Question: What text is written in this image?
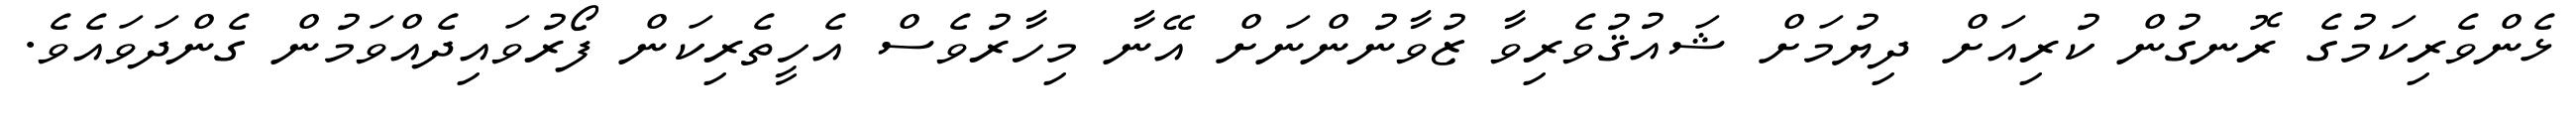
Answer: ޅެންވެރިކަމުގެ ރޮނގުން ކުރިއަށް ދިޔުމަށް ޝައުޤުވެރިވާ ޒުވާނުންނަށް އޭނާ މިހާރުވެސް އެހީތެރިކަން ފޯރުވައިދެއްވަމުން ގެންދަވައެވެ.